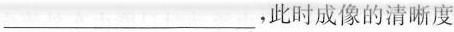
___，此时成像的清晰度